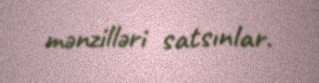
mənzilləri satsınlar.